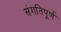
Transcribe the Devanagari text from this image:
संगतिपूर्ण